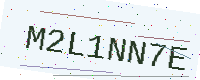
Text: M2L1NN7E